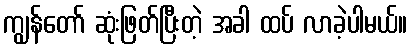
ကျွန်တော် ဆုံးဖြတ်ပြီးတဲ့ အခါ ထပ် လာခဲ့ပါမယ်။